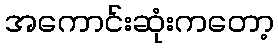
အကောင်းဆုံးကတော့